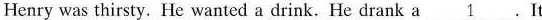
Henry was thirsty. He wanted a drink. He drank a \underline{1}.It